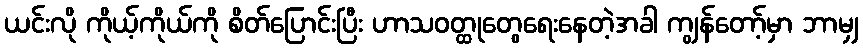
ယင်းလို ကိုယ့်ကိုယ်ကို စိတ်ပြောင်းပြီး ဟာသဝတ္ထုတွေရေးနေတဲ့အခါ ကျွန်တော့်မှာ ဘာမျှ